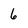
Character: 6